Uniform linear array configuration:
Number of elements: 32
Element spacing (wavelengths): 1
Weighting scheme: cosine
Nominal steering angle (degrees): -60
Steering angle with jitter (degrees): -61.083
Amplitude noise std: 0.05
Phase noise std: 0.05

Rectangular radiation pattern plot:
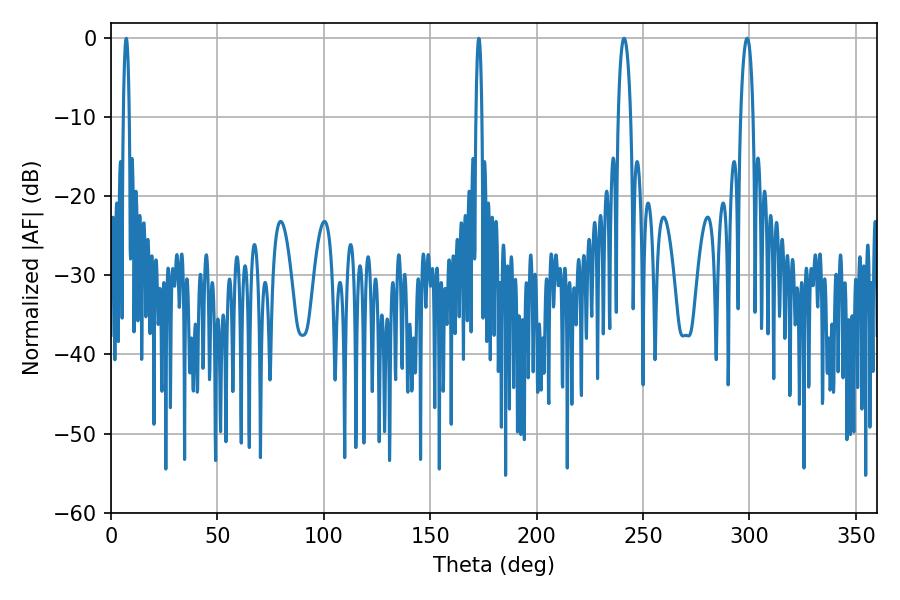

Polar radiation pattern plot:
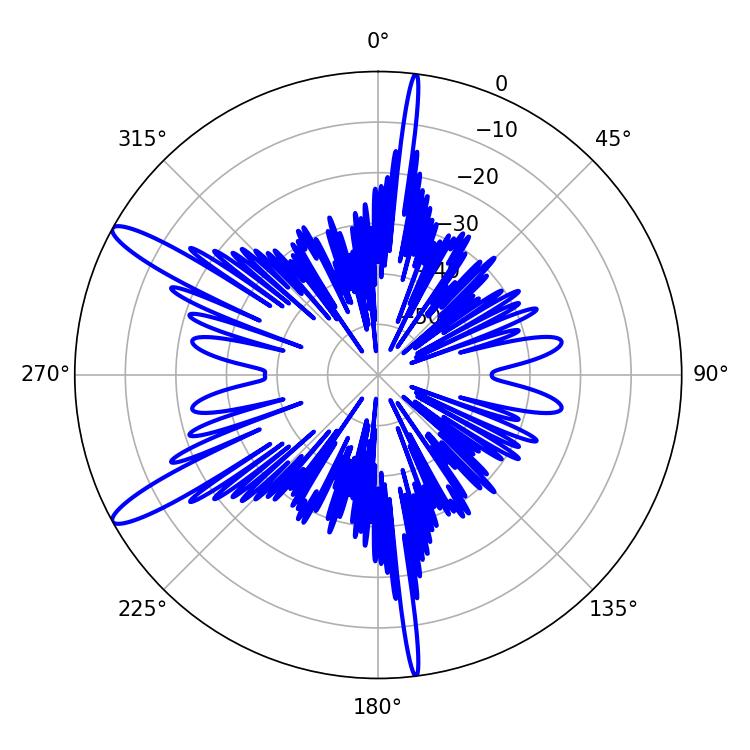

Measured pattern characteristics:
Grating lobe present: TRUE
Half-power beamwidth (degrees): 3.24
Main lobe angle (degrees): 241.02